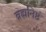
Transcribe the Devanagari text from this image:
ब्रह्मनिष्ठं